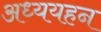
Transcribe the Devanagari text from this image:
अध्ययहन